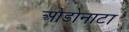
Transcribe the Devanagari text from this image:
ओडोनाटा